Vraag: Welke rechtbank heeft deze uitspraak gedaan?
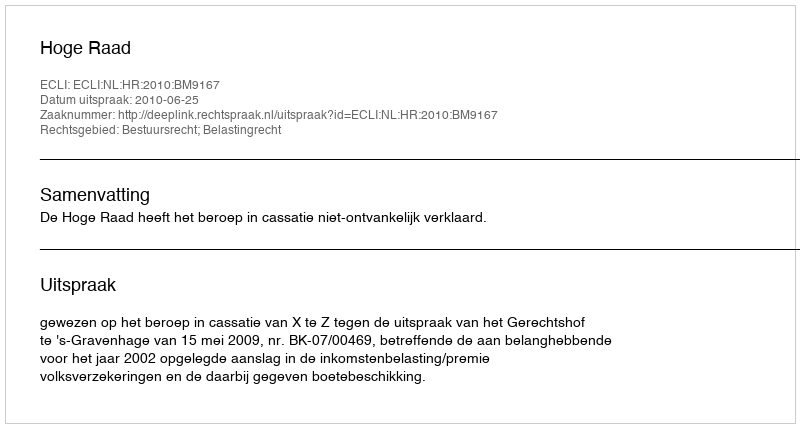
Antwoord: Hoge Raad